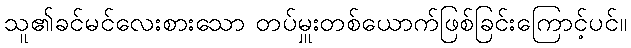
သူ၏ခင်မင်လေးစားသော တပ်မှူးတစ်ယောက်ဖြစ်ခြင်းကြောင့်ပင်။